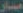
مسار